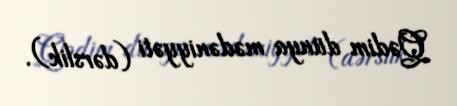
Qədim dünya mədəniyyəti (dərslik).